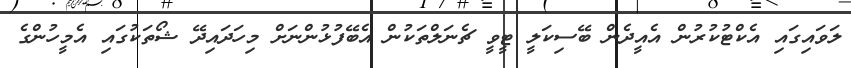
ލަވައިގައި އެކްޓުކުރުން އެއީދެން ބޭސިކަލީ ޓީވީ ޗެނަލްތަކުން އެބޭފުޅުންނަށް މިހަދައިދޭ ޝޯތަކުގައި އެމީހުންގެ